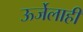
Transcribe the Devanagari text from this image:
ऊर्जेलाही